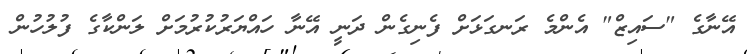
އޭނާގެ "ސައިޒް" އެންމެ ރަނގަޅަށް ފެނިގެން ދަނީ އޭނާ ހައްޔަރުކުރުމަށް ލަންކާގެ ފުލުހުން